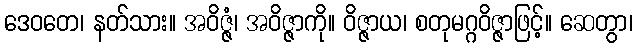
ဒေဝတေ၊ နတ်သား။ အဝိဇ္ဇံ၊ အဝိဇ္ဇာကို။ ဝိဇ္ဇာယ၊ စတုမဂ္ဂဝိဇ္ဇာဖြင့်။ ဆေတွာ၊